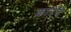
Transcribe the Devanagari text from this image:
कारेंदे